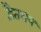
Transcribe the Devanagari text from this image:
द्वैतमय